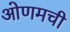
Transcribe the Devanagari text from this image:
ओणमची